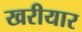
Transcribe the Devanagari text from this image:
खरीयार